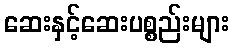
ဆေးနှင့်ဆေးပစ္စည်းများ